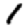
Digit: 1